Calcutta medical institutions reports 1871-78
Year: 1871
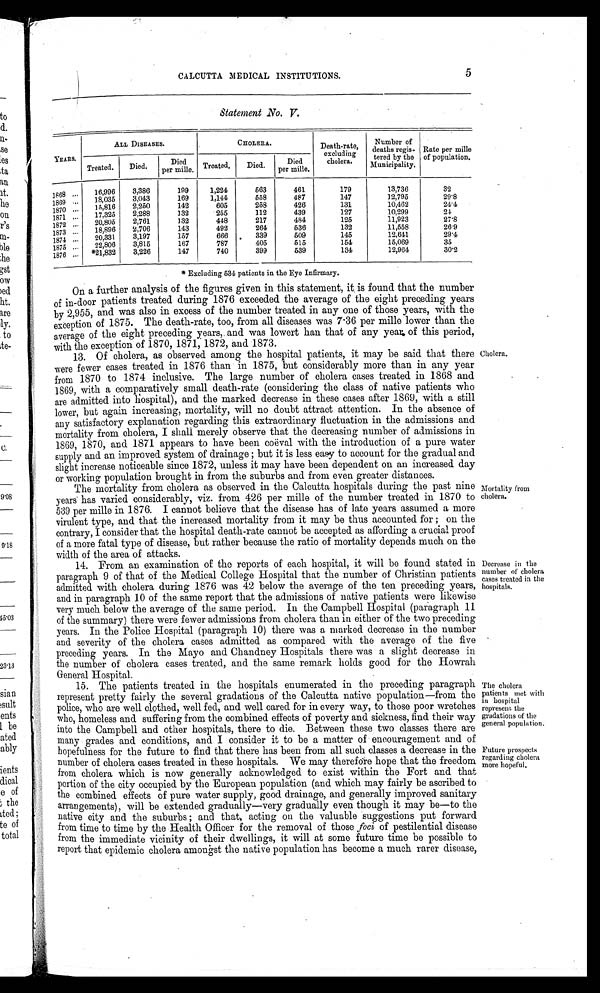
The cholera
patients met with
in hospital
represent the
gradations of the
general population.
Future prospects
regarding cholera
more hopeful.
CALCUTTA MEDICAL INSTITUTIONS.
5
Statement No. V.
YEARS.
ALL DISEASES.
CHOLERA.
Death-rate,
excluding
cholera.
Number of
deaths regis-
tered by the
Municipality.
Rate per mille
of population.
Treated. Died.
Died
per mille.
Treated.
Died.
Die
d p e r mi l l e .
1868 16,996 3,386
199
1,224
563
461
179
13,736
32
1869
18,035 3,043
169
1,144
558
487
147
12,795
29.8
1 8 7 0 15,816 2,250
142
605
258
426
131
10,462
24.4
1 8 7 1 17,325 2,288
132
255
112
439
127
10,299
24
1 8 7 2 20,805 2,761
132
448
217
484
125
11,923
27.8
1 8 7 3 18,896 2,706
143
492
264
536
132
11,558
26.9
1874
20,331 3,197
157
666
339
509
145
12,641
29.4
1 8 7 5 22,806 3,815
167
787
405
515
154
15,069
35
1876
*21,832 3,226
147
740
399
539
134
12,904
30.2
* Excluding 534 patients in the Eye Infirmary.
On a further analysis of the figures given in this statement, it is found that the number
of in-door patients treated during 1876 exceeded the average of the eight preceding years
by 2,955, and was also in excess of the number treated in any one of those years, with the
exception of 1875. The death-rate, too, from all diseases was 7.36 per mille lower than the
average of the eight preceding years, and was lowert han that of any year of this period,
with the exception of 1870, 1871, 1872, and 1873.
13. Of cholera, as observed among the hospital patients, it may be said that there
were fewer cases treated in 1876 than in 1875, but considerably more than in any year
from 1870 to 1874 inclusive. The large number of cholera cases treated in 1868 and
1869, with a comparatively small death-rate (considering the class of native patients who
are admitted into hospital), and the marked decrease in these cases after 1869, with a still
lower, but again increasing, mortality, will no doubt attract attention. In the absence of
any satisfactory explanation regarding this extraordinary fluctuation in the admissions and
mortality from cholera, I shall merely observe that the decreasing number of admissions in
1869, 1870, and 1871 appears to have been coeval with the introduction of a pure water
supply and an improved system of drainage ; but it is less easy to account for the gradual and
slight increase noticeable since 1872, unless it may have been dependent on an increased day
or working population brought in from the suburbs and from even greater distances.
The mortality from cholera as observed in the Calcutta hospitals during the past nine
years has varied considerably, viz. from 426 per mille of tile number treated in 1870 to
539 per mille in 1876. I cannot believe that the disease has of late years assumed a more
virulent type, and that the increased mortality from it may be thus accounted for ; on the
contrary, I consider that the hospital death-rate cannot be accepted as affording a crucial proof
of a more fatal type of disease, but rather because the ratio of mortality depends much on the
width of the area of attacks.
14. From an examination of the reports of each hospital, it will be found stated in
paragraph 9 of that of the Medical College Hospital that the number of Christian patients
admitted with cholera during 1876 was 42 below the average of the ten preceding years,
and in paragraph 10 of the same report that the admissions of native patients were likewise
very much below the average of the same period. In the Campbell Hospital (paragraph 11
of the summary) there were fewer admissions from cholera than in either of the two preceding
years. In the Police Hospital (paragraph 10) there was a marked decrease in the number
and severity of the cholera cases admitted as compared with the average of the five
preceding years. In the Mayo and Chandney Hospitals there was a slight decrease in
the number of cholera cases treated, and the same remark holds good for the Howrah
General Hospital.
15. The patients treated in the hospitals enumerated in the preceding paragraph
represent pretty fairly the several gradations of the Calcutta native population—from the
police, who are well clothed, well fed, and well cared for in every way, to those poor wretches
who, homeless and suffering from the combined effects of poverty and sickness, find their way
into the Campbell and other hospitals, there to die. Between these two classes there are
many grades and conditions, and I consider it to be a matter of encouragement and of
hopefulness for the future to find that there has been from all such classes a decrease in the
number of cholera cases treated in these hospitals. We may therefore hope that the freedom
from cholera which is now generally acknowledged to exist within the Fort and that
portion of the city occupied by the European population (and which may fairly be ascribed to
the combined effects of pure water supply, good drainage, and generally improved sanitary
arrangements), will be extended gradually—very gradually even though it may be—to the
native city and the suburbs ; and that, acting on the valuable suggestions put forward
from time to time by the Health Officer for the removal of those foci of pestilential disease
from the immediate vicinity of their dwellings, it will at some future time be possible to
report that epidemic cholera amongst the native population has become a much rarer disease,
Cholera.
Mortality from
cholera.
Decrease in the
number of cholera
cases treated in the
hospitals.